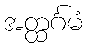
အတ္ထင်္ဂမံ